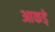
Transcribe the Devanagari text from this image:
आकडे़